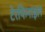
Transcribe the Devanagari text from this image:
टेरफिनाइल